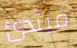
مبتدئ